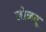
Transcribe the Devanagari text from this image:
लोळवू